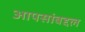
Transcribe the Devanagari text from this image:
आपसांबद्दल